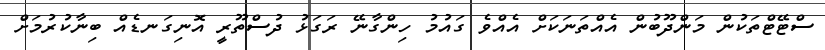
ސްޓޭޓްތަކުން މަންދޫބުން އެއްތަނަކަށް އެއްވެ ގައުމު ހިންގާނޭ ރަގަޅު ދުސްތޫރީ އޮނިގަނޑެއް ބިނާކުރުމަށް